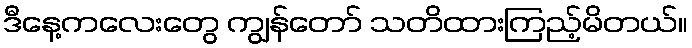
ဒီနေ့ကလေးတွေ ကျွန်တော် သတိထားကြည့်မိတယ်။